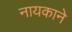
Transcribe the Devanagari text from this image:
नायकाने